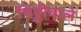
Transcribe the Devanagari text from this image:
गिट्टीवाले